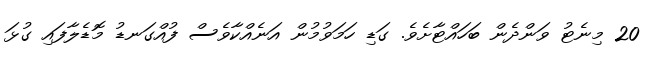
20 މިނެޓު ވަންދެން ބަހައްޓާށެވެ. ގަޑި ހަމަވުމުން އަނެއްކާވެސް ފުއްގަނޑު މޮޑެލާފައި ގުޅަ